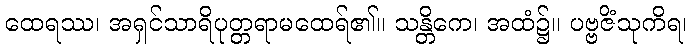
ထေရဿ၊ အရှင်သာရိပုတ္တရာမထေရ်၏။ သန္တိကေ၊ အထံ၌။ ပဗ္ဗဇိံသုကိရ၊